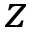
z